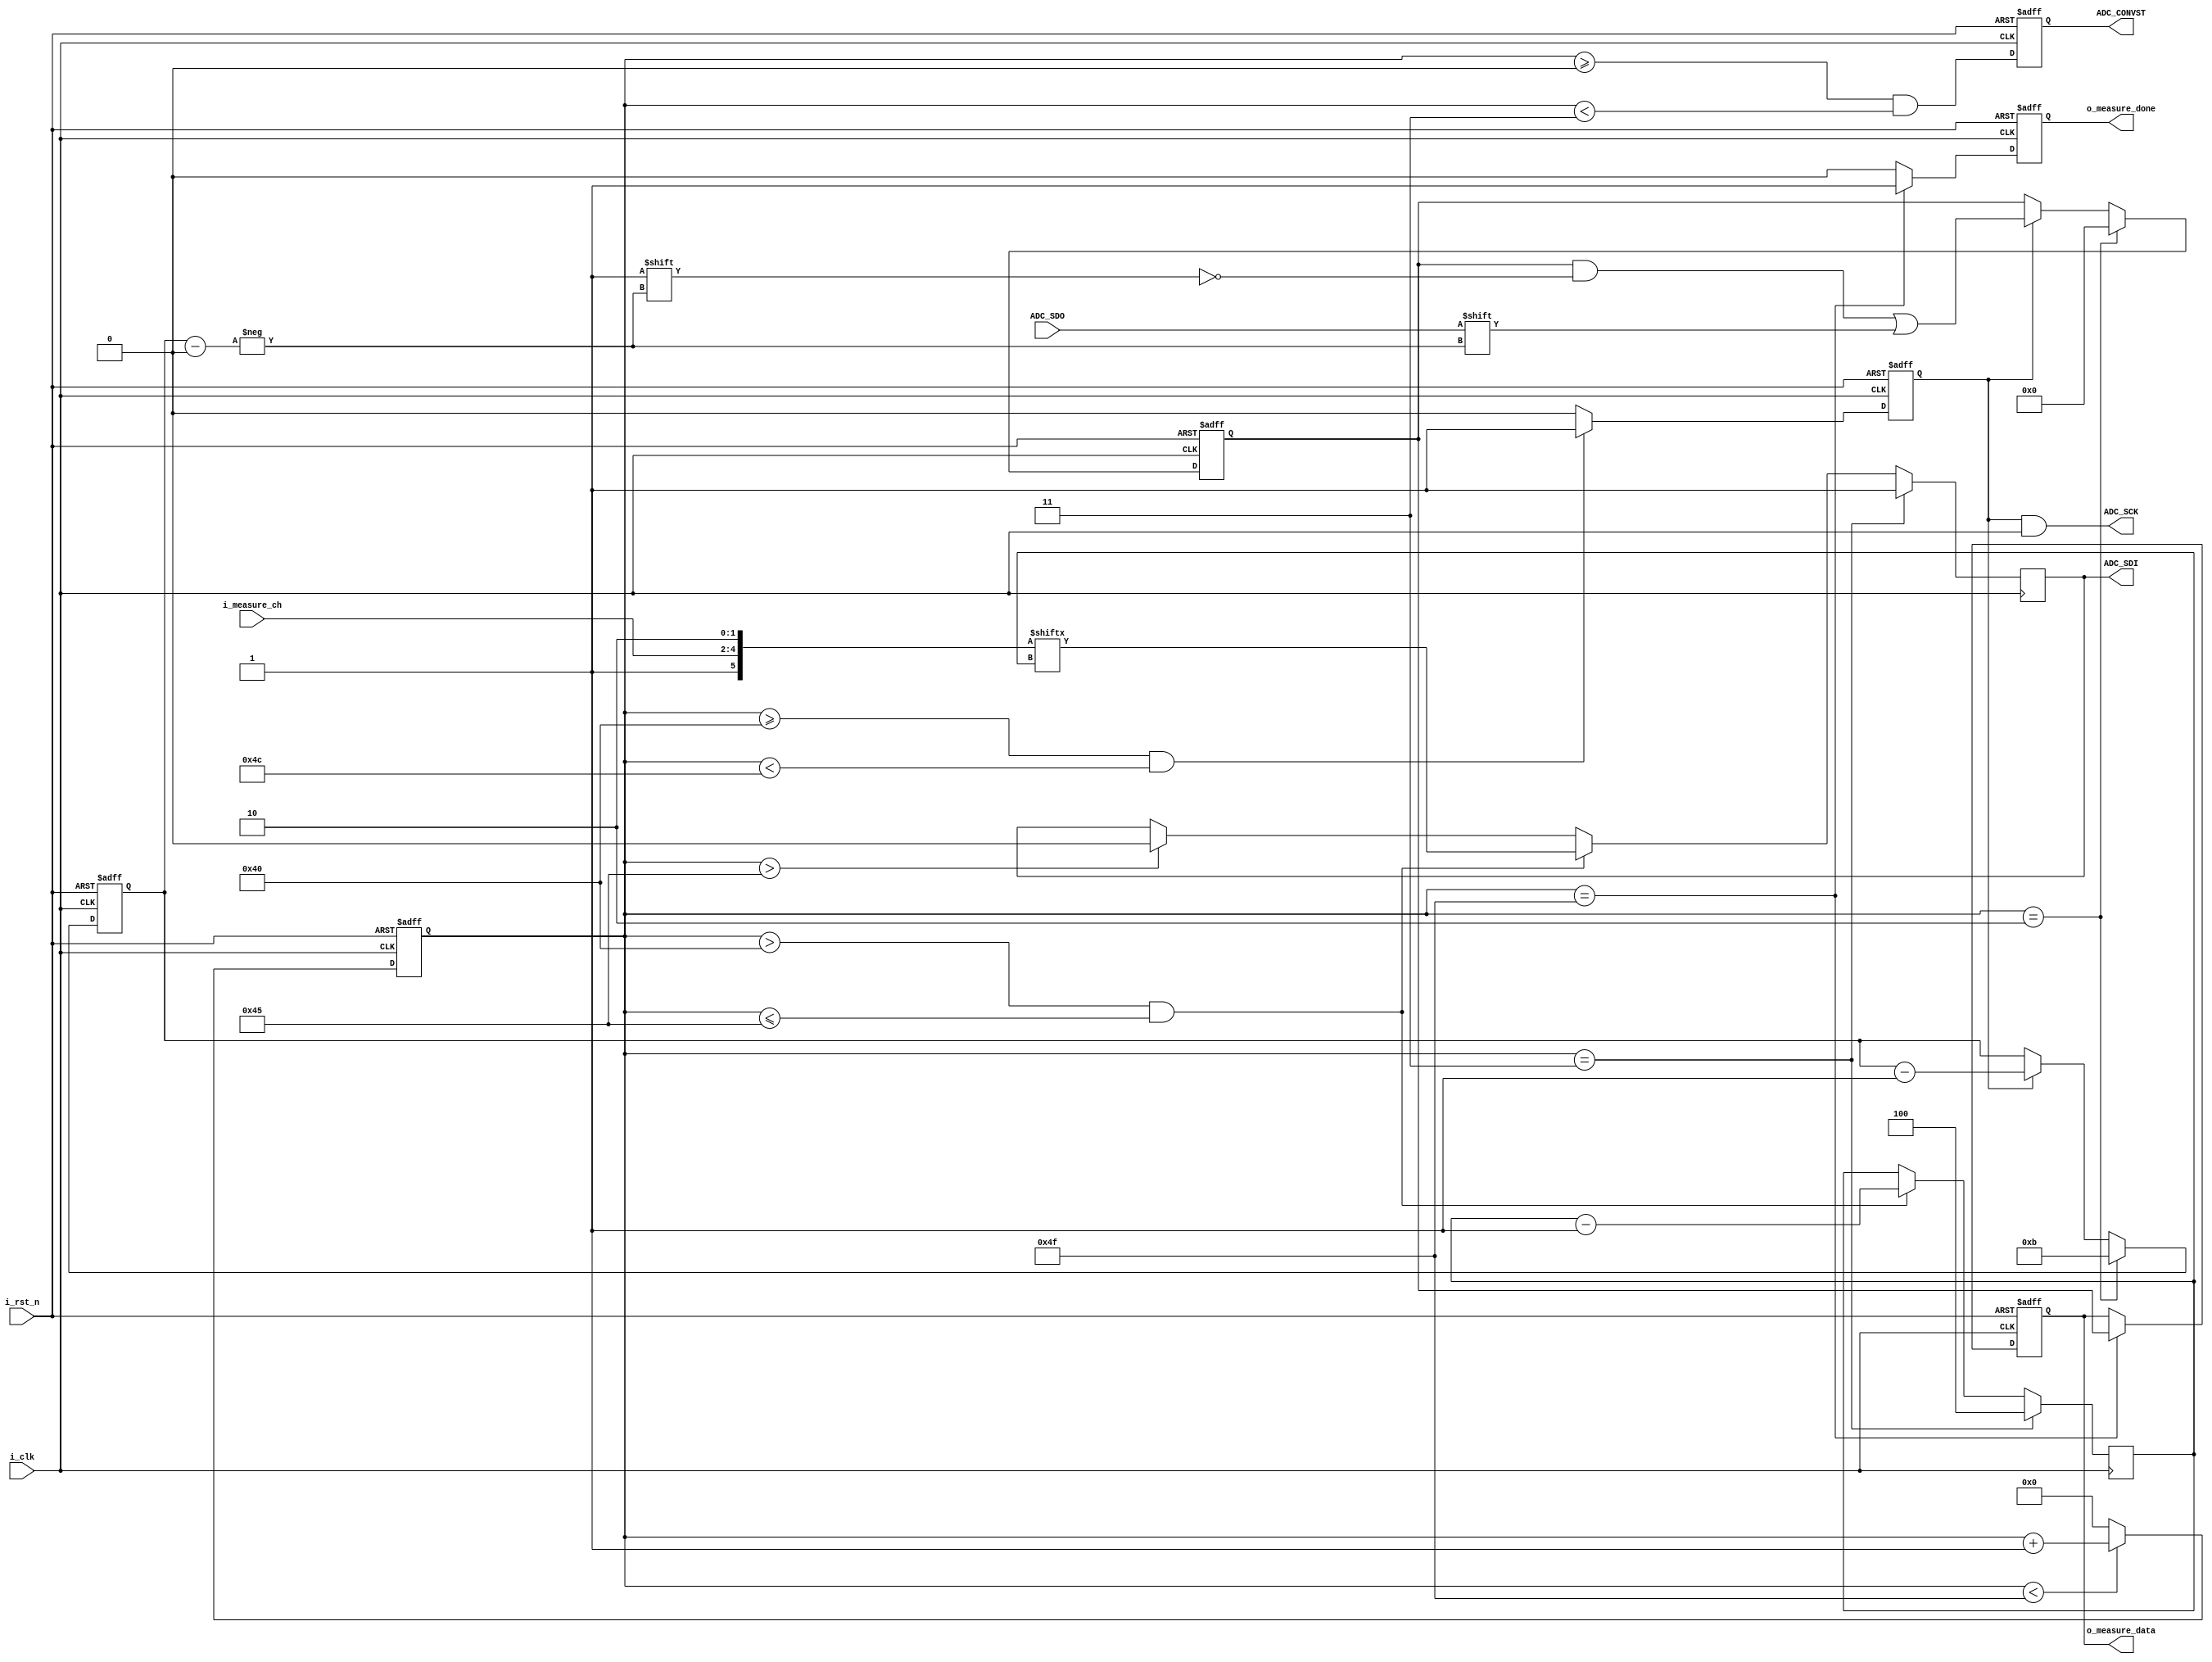
module adc_ltc2308(i_clk, // max 40Mhz
                   i_rst_n,
                   
                   i_measure_ch,
                   o_measure_done,
                   o_measure_data,
	
                   //adc interface
                   ADC_CONVST,
                   ADC_SCK,
                   ADC_SDI,
                   ADC_SDO 
                  );

input              i_clk;
input              i_rst_n;

input       [2:0]  i_measure_ch;

output  reg        o_measure_done = 1'b0;
output  reg [11:0] o_measure_data;

output  reg        ADC_CONVST = 1'b0;
output             ADC_SCK;
output  reg        ADC_SDI;
input              ADC_SDO;


/////////////////////////////////
// Timing definition 

// using 40MHz clock
// to acheive fsample = 500KHz
// ntcyc = 2us / 25ns  = 80

localparam DATA_BITS_NUM      =  12;
localparam CMD_BITS_NUM       =  6;
localparam CH_NUM             =  8;

localparam tWHCONV            =  3;   // CONVST High Time, min 20 ns
localparam tCONV              =  64;  // tCONV: type 1.3 us, MAX 1.6 us, 1600/25(assumed clk is 40mhz)=64  -> 1.3us/25ns = 52
                                      // set 64 for suite for 1.6 us max

localparam tHCONVST           =  3; 

localparam tCONVST_HIGH_START =  0; 	
localparam tCONVST_HIGH_END   =  tCONVST_HIGH_START+ tWHCONV; 

localparam tCONFIG_START      =  tCONVST_HIGH_END;
localparam tCONFIG_END        =  tCLK_START+ CMD_BITS_NUM - 1; 	

localparam tCLK_START         =  tCONVST_HIGH_START + tCONV;
localparam tCLK_END           =  tCLK_START + DATA_BITS_NUM;

localparam tDONE              =  tCLK_END + tHCONVST;

localparam UNI_MODE           = 1'b1;   //1: Unipolar, 0:Bipolar
localparam SLP_MODE           = 1'b0;   //1: enable sleep
localparam SD                 = 1'b1;   //1: single-ended, 0: differential

reg                      clk_enable = 1'b0;

reg  [15:0]              tick;

reg  [DATA_BITS_NUM-1:0] read_data;
reg  [3:0]               write_pos;

wire [CMD_BITS_NUM-1:0]  config_cmd = {SD, i_measure_ch, UNI_MODE, SLP_MODE};

wire                     config_init   = (tick == tCONFIG_START);
wire                     config_enable = (tick > tCLK_START && tick <= tCONFIG_END);
wire                     config_done   = (tick > tCONFIG_END);

reg  [2:0]               sdi_index;	
										  
assign ADC_SCK = clk_enable & i_clk;										  

always @ (posedge i_clk, negedge i_rst_n) begin
    if (~i_rst_n)
        tick <= 0;
    else if (tick < tDONE)
        tick <= tick + 1;
    else
        tick <= 0;    
end

always @ (negedge i_clk, negedge i_rst_n) begin
    if (~i_rst_n)
        ADC_CONVST <= 1'b0;
    else 
     	  ADC_CONVST <= ( tick >= tCONVST_HIGH_START && tick < tCONVST_HIGH_END );
end

always @ (negedge i_clk, negedge i_rst_n) begin
    if (~i_rst_n)
       clk_enable <= 1'b0;
    else if ((tick >= tCLK_START && tick < tCLK_END))
        clk_enable <= 1'b1;
    else
        clk_enable <= 1'b0;
end

always @ (negedge i_clk, negedge i_rst_n) begin // posedge??
    if (~i_rst_n) begin
        read_data <= 0;
        write_pos <= DATA_BITS_NUM-1;
    end else if (tick == 2) begin
        read_data <= 0;
        write_pos <= DATA_BITS_NUM-1;
    end else if (clk_enable) begin
        read_data[write_pos] <= ADC_SDO;
        write_pos <= write_pos - 1;
    end
end

always @ (posedge i_clk, negedge i_rst_n) begin
    if (~i_rst_n) begin
        o_measure_done <= 1'b0;
		  o_measure_data <= 0;
    end else if (tick == tDONE) begin
        o_measure_done <= 1'b1;
		  o_measure_data <= read_data;
    end else
	     o_measure_done <= 1'b0;
end

always @(negedge i_clk) begin
    if (config_init) begin
        ADC_SDI <= config_cmd[CMD_BITS_NUM-1];
        sdi_index <= CMD_BITS_NUM-2;
    end else if (config_enable) begin
        ADC_SDI <= config_cmd[sdi_index];
        sdi_index <= sdi_index - 1;
    end else if (config_done)
        ADC_SDI <= 1'b0;
end

endmodule